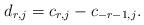
LaTeX: \begin{align*}d_{r,j} = c_{r,j}-c_{-r-1,j}. \end{align*}